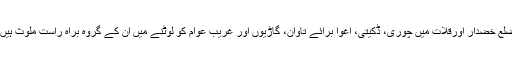
ضلع خضدار اورقلات میں چوری، ڈکیتی، اغوا برائے تاوان، گاڑیوں اور غریب عوام کو لوٹنے میں اِن کے گروہ براہ راست ملوث ہیں ۔